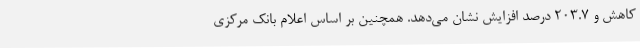
کاهش و 203.7 درصد افزایش نشان می‌دهد. همچنین بر اساس اعلام بانک مرکزی